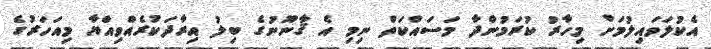
އެކުލަވައިލުމަށް މިހާރު ކުރަމުންދާ މަސައްކަތް ނިމި އެ ޤާނޫނުގެ ބިލު އިރާދަކުރެއްވިއްޔާ މިއަހަރުގެ